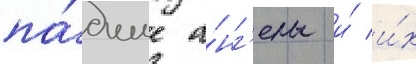
па́дшие а́нг'елы и́ и́х